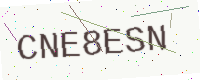
Text: CNE8ESN